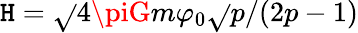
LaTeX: \mathtt{H}=\sqrt{}{{4\piG}}m\varphi_{0}\sqrt{}{{p/(2p-1)}}